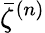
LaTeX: \bar{\zeta}^{(n)}